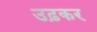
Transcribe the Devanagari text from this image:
उढ़कर